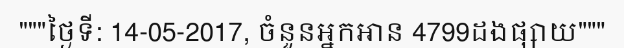
"""ថ្ងៃទី: 14-05-2017, ចំនួនអ្នកអាន 4799ដងផ្សាយ"""